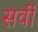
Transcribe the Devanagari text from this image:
सर्वी